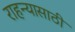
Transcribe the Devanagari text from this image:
राहन्यासाठी